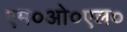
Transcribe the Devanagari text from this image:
एम०ओ०एल०